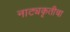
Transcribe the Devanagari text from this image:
नाट्यकृतीचा